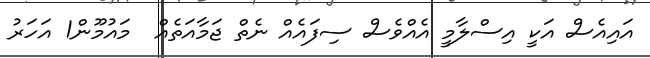
އައިއެސް އަކީ އިސްލާމީ އެއްވެސް ސިފައެއް ނެތް ޖަމާއަތެއް  މައުމޫން1 އަހަރު